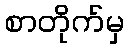
စာတိုက်မှ